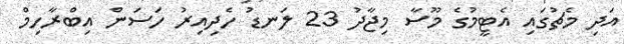
އަދި މެޗުގައި އެޓީމުގެ މޫސާ މިޖާދު 23 ލަނޑު ހެދިއިރު ހަސަން އިބްރާހިމް